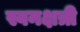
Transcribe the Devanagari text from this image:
स्वनक्षत्री